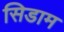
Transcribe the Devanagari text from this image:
सिडाम